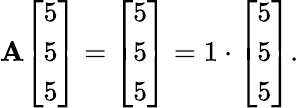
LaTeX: \mathbf{A}{\left[\begin{array}{l}{5}\\ {5}\\ {5}\end{array}\right]}={\left[\begin{array}{l}{5}\\ {5}\\ {5}\end{array}\right]}=1\cdot{\left[\begin{array}{l}{5}\\ {5}\\ {5}\end{array}\right]}.